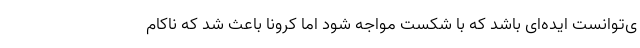
ی‌توانست ایده‌ای باشد که با شکست مواجه شود اما کرونا باعث شد که ناکام